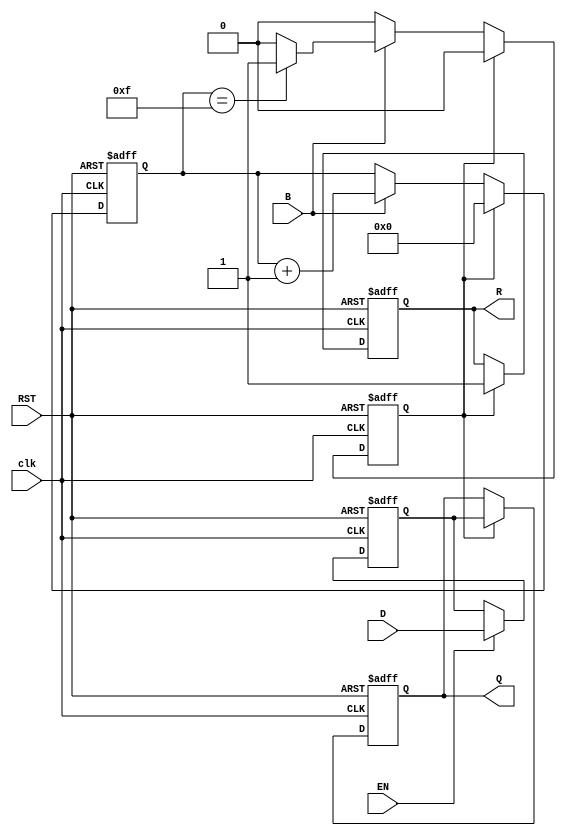
module BarrierRegister #(parameter N = 8) (
    input wire [N-1:0] D,       // Data Inputs
    input wire EN,              // Enable signal
    input wire B,               // Barrier signal
    input wire RST,             // Reset signal
    input wire clk,             // Clock signal
    output reg [N-1:0] Q,       // Data Outputs
    output reg R                // Ready signal
);

    reg [3:0] ready_count;      // Counter for tracking readiness
    reg [N-1:0] data;           // Internal data storage
    reg barrier_reached;         // Flag to indicate barrier condition

    // Asynchronous reset and data latching
    always @(posedge clk or posedge RST) begin
        if (RST) begin
            data <= {N{1'b0}};    // Clear stored data
            Q <= {N{1'b0}};       // Clear outputs
            R <= 1'b0;            // Clear Ready signal
            ready_count <= 4'b0;  // Reset counter
            barrier_reached <= 1'b0; // Reset barrier flag
        end else begin
            if (EN) begin
                data <= D;         // Latch data when enabled
            end

            // Check if the barrier signal is asserted
            if (B) begin
                ready_count <= ready_count + 1; // Increment the ready counter
                if (ready_count == 4'b1111) begin // Check if all processes are ready
                    barrier_reached <= 1'b1;   // Barrier condition met
                end
            end
            
            // Release data and assert Ready signal
            if (barrier_reached) begin
                Q <= data;           // Release stored data
                R <= 1'b1;           // Assert Ready signal
                // Optional: Reset state after releasing data (if desired)
                ready_count <= 4'b0; // Reset counter after release
                barrier_reached <= 1'b0; // Reset barrier flag
            end
        end
    end

endmodule